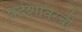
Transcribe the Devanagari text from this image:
प्रदेशावरची